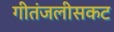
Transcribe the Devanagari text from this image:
गीतंजलीसकट